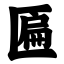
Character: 匾